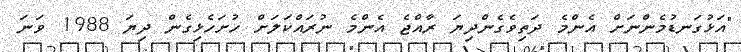
"އަޅުގަނޑުމެންނަށް އެންމެ ދަތިވެގެންދިޔަ ރާއްޖެ އެންމެ ނުރައްކަލަށް ހުށަހެޅިގެން ދިޔަ 1988 ވަނަ